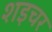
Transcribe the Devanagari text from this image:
शइचर